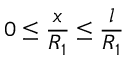
0 \leq \frac { x } { R _ { 1 } } \leq \frac { l } { R _ { 1 } }